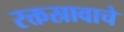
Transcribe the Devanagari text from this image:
रक्तस्रावाचे